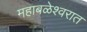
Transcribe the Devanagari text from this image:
महाबळेश्वरात